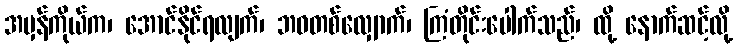
အမှန်ကိုယ်က၊ အောင်နိုင်ရလျက်၊ ဘဝတစ်လျှောက်၊ ကြံတိုင်းပေါက်သည်၊ ထို့ နောက်ဆင့်လို့